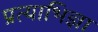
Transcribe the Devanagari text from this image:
प्रत्याभिज्ञा